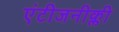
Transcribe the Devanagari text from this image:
एंटीजनीक्ली